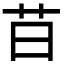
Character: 䒤